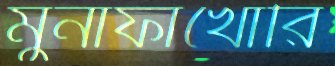
মুনাফাখোরি